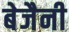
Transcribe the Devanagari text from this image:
बेजैनी